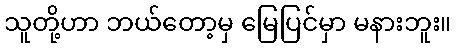
သူတို့ဟာ ဘယ်တော့မှ မြေပြင်မှာ မနားဘူး။